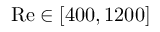
\mathrm { R e } \in [ 4 0 0 , 1 2 0 0 ]